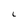
Character: 1